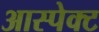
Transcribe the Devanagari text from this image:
आस्पेक्ट